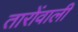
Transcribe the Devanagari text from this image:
तारोंवाली